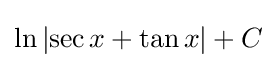
\ln \left|\sec x+\tan x\right|+C